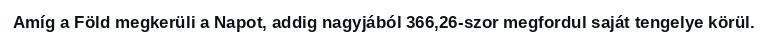
Amíg a Föld megkerüli a Napot, addig nagyjából 366,26-szor megfordul saját tengelye körül.